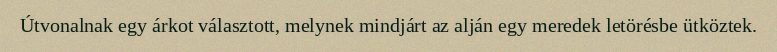
Útvonalnak egy árkot választott, melynek mindjárt az alján egy meredek letörésbe ütköztek.